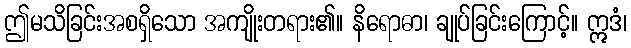
ဤမသိခြင်းအစရှိသော အကျိုးတရား၏။ နိရောဓာ၊ ချုပ်ခြင်းကြောင့်။ ဣဒံ၊